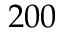
2 0 0